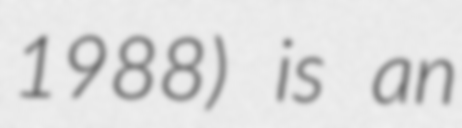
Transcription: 1988) is an